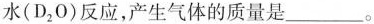
水(D_{2}O)反应，产生气体的质量是___。